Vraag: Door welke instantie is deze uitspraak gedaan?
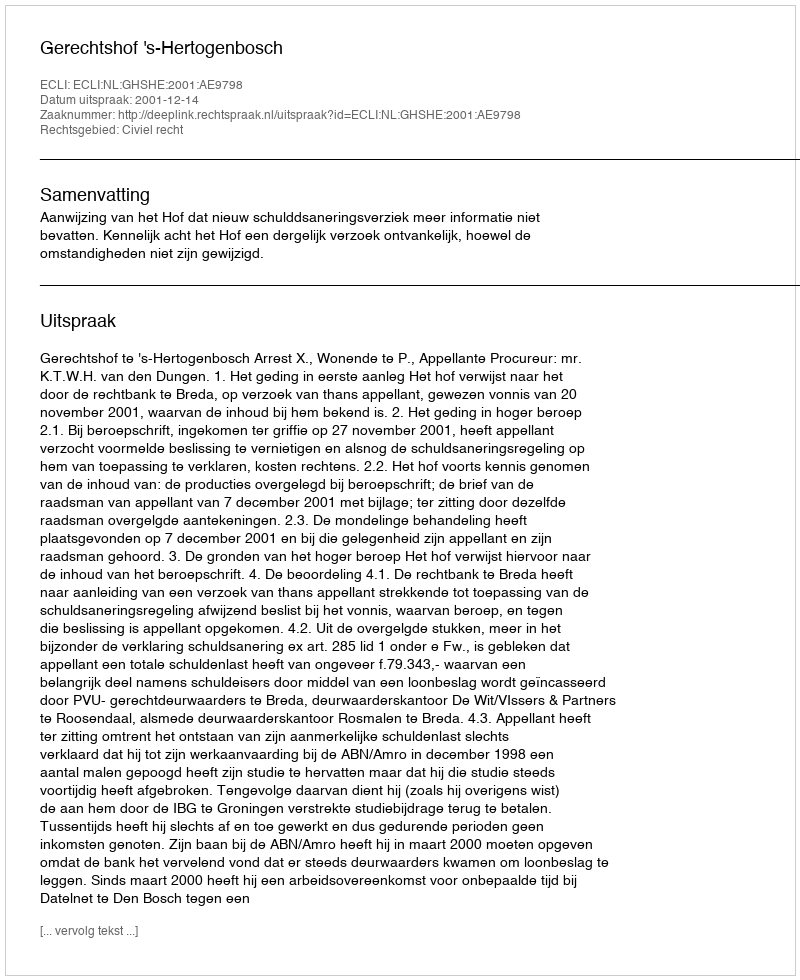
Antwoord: Gerechtshof 's-Hertogenbosch